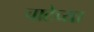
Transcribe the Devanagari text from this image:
चाटेच्या